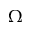
\Omega